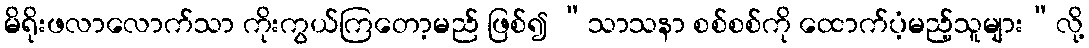
မိရိုးဖလာလောက်သာ ကိုးကွယ်ကြတော့မည် ဖြစ်၍ “သာသနာ စစ်စစ်ကို ထောက်ပံ့မည့်သူများ”လို့